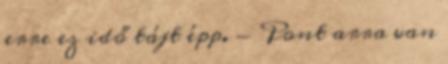
erre ez idő tájt épp. - Pont arra van